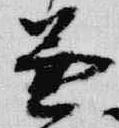
兼